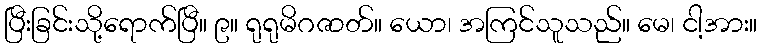
ပြီးခြင်းသို့ရောက်ပြီ။ ၉။ ရုရုမိဂဇာတ်။ ယော၊ အကြင်သူသည်။ မေ၊ ငါ့အား။